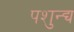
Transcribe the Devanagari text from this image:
पशुन्द्य